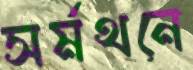
সর্মথনে